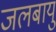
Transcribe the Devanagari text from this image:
जलबायु